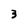
Character: 3